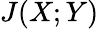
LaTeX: J(X;Y)